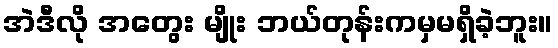
အဲဒီလို အတွေး မျိုး ဘယ်တုန်းကမှမရှိခဲ့ဘူး။